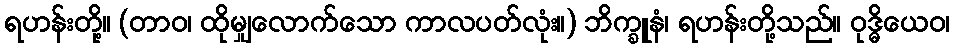
ရဟန်းတို့။ (တာဝ၊ ထိုမျှလောက်သော ကာလပတ်လုံး။) ဘိက္ခူနံ၊ ရဟန်းတို့သည်။ ဝုဒ္ဓိယေဝ၊